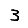
Digit: 3